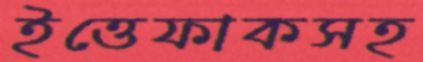
ইত্তেফাকসহ